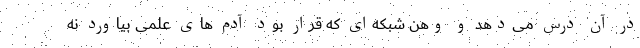
در آن درس می‌دهد و وهن شبکه‌ای که قرار بود آدم های علمی بیاورد نه